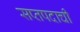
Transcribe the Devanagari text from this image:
सप्तपदाची